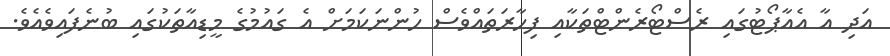
އަދި އާ އެއާޕޯޓުގައި ރެސްޓޯރެންޓްތަކާއި ފިހާރަތައްވެސް ހުންނަކަމަށް އެ ގައުމުގެ މީޑިއާތަކުގައި ބުނެފައިވެއެވެ.